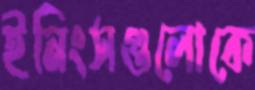
ইনিংসগুলোকে